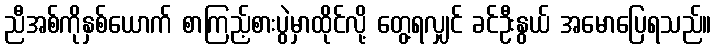
ညီအစ်ကိုနှစ်ယောက် စာကြည့်စားပွဲမှာထိုင်လို့ တွေ့ရလျှင် ခင်ဦးနွယ် အမောပြေရသည်။